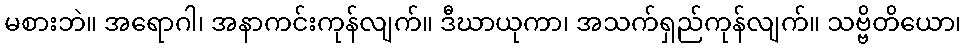
မစားဘဲ။ အရောဂါ၊ အနာကင်းကုန်လျက်။ ဒီဃာယုကာ၊ အသက်ရှည်ကုန်လျက်။ သဗ္ဗိတိယော၊